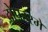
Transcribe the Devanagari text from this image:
दोपहरमें